Source: Handwritten
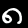
Digit: ၈ (8)